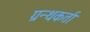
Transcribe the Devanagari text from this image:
ग्रन्थकर्ता